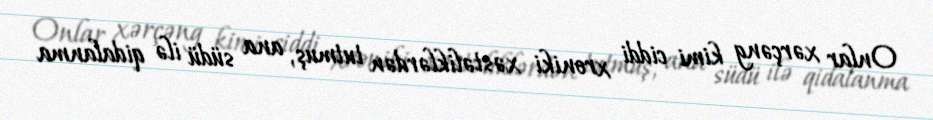
Onlar xərçəng kimi ciddi xroniki xəstəliklərdən tutmuş, ana südü ilə qidalanma